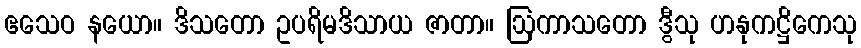
ဧသေဝ နယော။ ဒိသတော ဥပရိမဒိသာယ ဇာတာ။ ဩကာသတော ဒွီသု ဟနုကဋ္ဌိကေသု